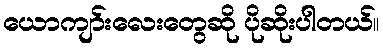
ယောကျာ်းလေးတွေဆို ပိုဆိုးပါတယ်။